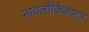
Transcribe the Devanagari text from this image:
नावलौकिकप्राप्त